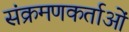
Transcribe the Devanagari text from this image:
संक्रमणकर्ताओं